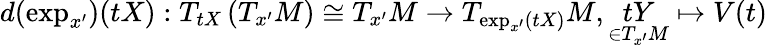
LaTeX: d(\exp_{x^{\prime}})(tX):T_{tX}\left(T_{x^{\prime}}M\right)\cong T_{x^{\prime}}M\rightarrow T_{\exp_{x^{\prime}}(tX)}M,\underset{\in T_{x^{\prime}}M}{tY}\mapsto V(t)